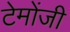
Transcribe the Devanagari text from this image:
टेमोंजी